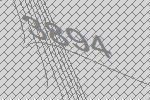
3894